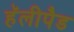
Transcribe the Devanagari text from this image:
हॅलीपैड